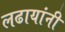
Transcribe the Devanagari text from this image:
लढायांनी